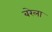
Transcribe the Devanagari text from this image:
बरेला